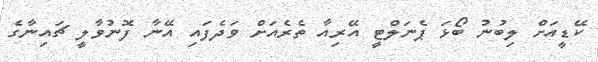
ކޭޑީއަށް ލިބުނު ބޯޅަ ޕެނަލްޓީ އޭރިއާ ތެރެއަށް ވަދެފައި އޭނާ ފޮނުވާލީ ޗައިނާގެ